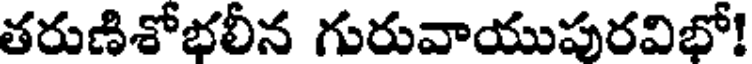
తరుణిశోభలీన గురువాయుపురవిభో!